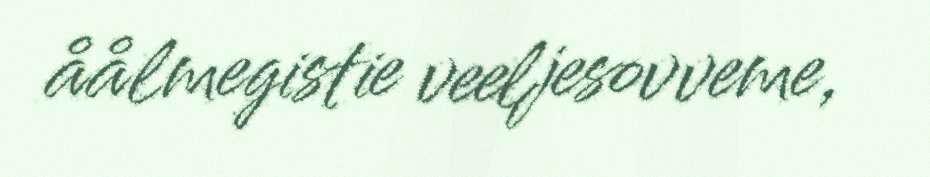
åålmegistie veeljesovveme,